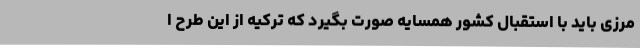
مرزی باید با استقبال کشور همسایه صورت بگیرد که ترکیه از این طرح ا